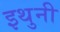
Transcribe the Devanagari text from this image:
इथुनी